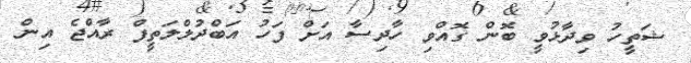
ޝަތީހު ވިދާޅުވީ ބޮން ގޮއްވި ހާދިސާ އަށް ފަހު އަބްދުލްލަތީފް ރާއްޖެ އިން